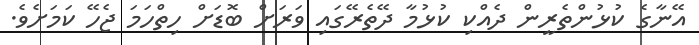
އޭނާގެ ކުޅުންތެރީން ދެއްކި ކުޅުމާ ދޭތެރޭގައި ވަރަށް ބޮޑަށް ހިތްހަމަ ޖެހޭ ކަމަށެވެ.